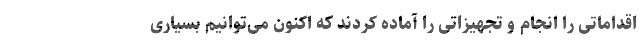
اقداماتی را انجام و تجهیزاتی را آماده کردند که اکنون می‌توانیم بسیاری